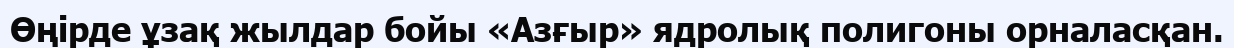
Өңірде ұзақ жылдар бойы «Азғыр» ядролық полигоны орналасқан.